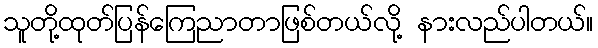
သူတို့ထုတ်ပြန်ကြေညာတာဖြစ်တယ်လို့ နားလည်ပါတယ်။